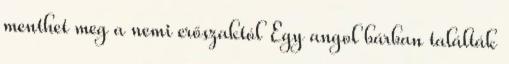
menthet meg a nemi erőszaktól Egy angol bárban találták